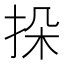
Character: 挆